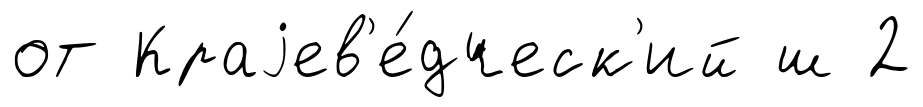
от Краjев'е́дческ'ий ш 2